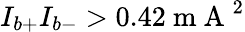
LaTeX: I_{b+}I_{b-}>0.42\mathrm{~m~A~}^{2}